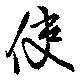
使